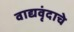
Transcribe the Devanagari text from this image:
वाद्यवृंदाचे